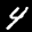
Label: 4